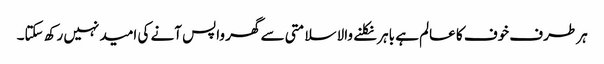
ہر طرف خوف کا عالم ہے باہر نکلنے والا سلامتی سے گھر واپس آنے کی امید نہیں رکھ سکتا۔